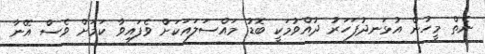
ނެތް މީހުން އުޅަނދުފަހަރު ދުއްވުމަކީ ބޮޑު މައްސަލައަކަށް ވެފައިވާ ކަމަށް ވެސް އޭނާ